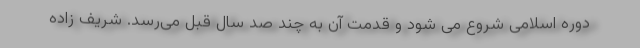
دوره اسلامی شروع می شود و قدمت آن به چند صد سال قبل می‌رسد. شریف زاده